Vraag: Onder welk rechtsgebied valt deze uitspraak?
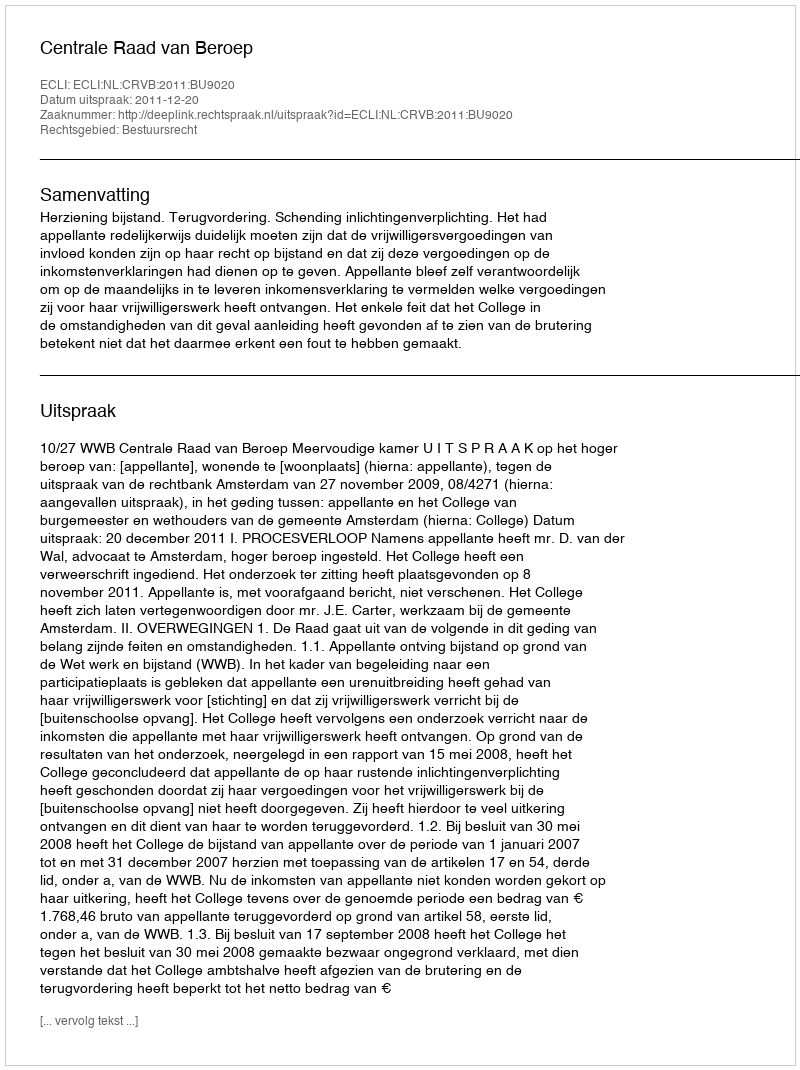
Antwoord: Bestuursrecht